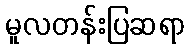
မူလတန်းပြဆရာ